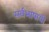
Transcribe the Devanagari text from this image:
सर्वभाषायी